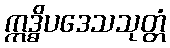
ဣဒ္ဓိပဒေသသုတ္တံ